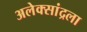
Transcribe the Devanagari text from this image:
अलेक्सांद्रला